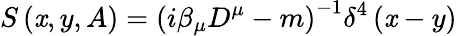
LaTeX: S\left(\mathit{x},y,A\right)=\left(i\beta_{\mu}D^{\mu}-m\right)^{-1}\delta^{4}\left(\mathit{x}-y\right)